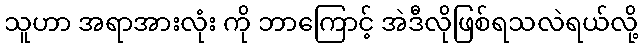
သူဟာ အရာအားလုံး ကို ဘာကြောင့် အဲဒီလိုဖြစ်ရသလဲရယ်လို့